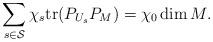
LaTeX: \begin{align*} \sum_{s \in \mathcal S}\chi_s {\rm{tr}}(P_{U_s}P_M)=\chi_0 \dim M.\end{align*}